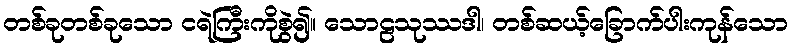
တစ်ခုတစ်ခုသော ငရဲကြီးကိုစွဲ၍။ သောဠသုဿဒါ၊ တစ်ဆယ့်ခြောက်ပါးကုန်သော